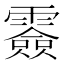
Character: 𩅼